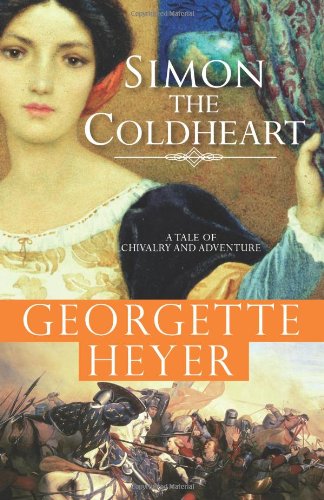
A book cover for Simon the Coldheart: A tale of chivalry and adventure (Historical Romances); Georgette Heyer; Romance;